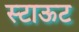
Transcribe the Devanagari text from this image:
स्टाऊट